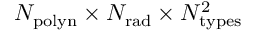
N _ { \mathrm { p o l y n } } \times N _ { \mathrm { r a d } } \times N _ { \mathrm { t y p e s } } ^ { 2 }